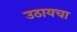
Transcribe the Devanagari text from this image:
उठायचा